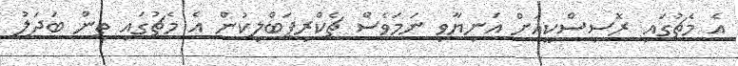
އެ މެޗުގައި ރޮސިސްކީއަށް އަނިޔާވި ނަމަވެސް ޗެކްރިޕަބްލިކުން އެ މެޗުގައި ތިން ބަދަލު